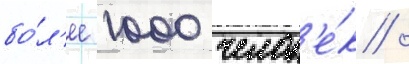
бо́л'ее 1000 челов'е́к /